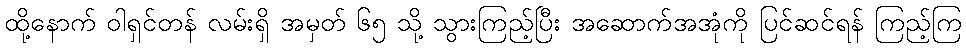
ထို့နောက် ဝါရှင်တန် လမ်းရှိ အမှတ် ၆၅ သို့ သွားကြည့်ပြီး အဆောက်အအုံကို ပြင်ဆင်ရန် ကြည့်ကြ